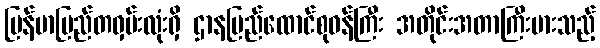
မြန်မာပြည်တဝှမ်းလုံးရှိ ဌာနပြည်ထောင်စုဝန်ကြီး အတိုင်းအတာကြီးမားသည့်